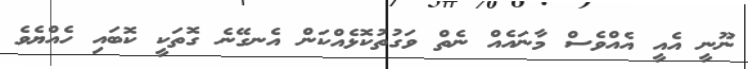
ނޫނީ އެއީ އެއްވެސް މާނައެއް ނެތް ވަގުތުކޮޅެއްކަން އެނގޭނެ ގޮތަކީ ކޮބައި ހެއްޔެވެ